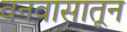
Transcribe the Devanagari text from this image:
वनवासातून